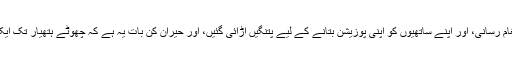
اپنے ہی فوجیوں کو ایک پڑاؤ سے دوسرے پڑاؤ تک پیغام رسانی، اور اپنے ساتھیوں کو اپنی پوزیشن بتانے کے لیے پتنگیں اڑائی گئیں، اور حیران کن بات یہ ہے کہ چھوٹے ہتھیار تک ایک جگہ سے دوسری جگہ ان پتنگوں سے پہنچائے گئے۔